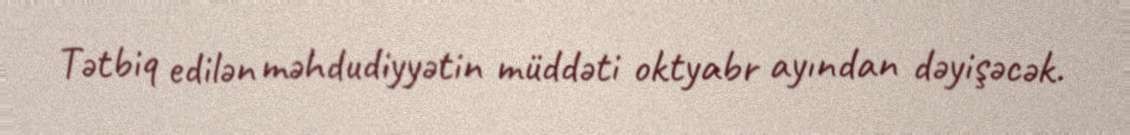
Tətbiq edilən məhdudiyyətin müddəti oktyabr ayından dəyişəcək.